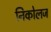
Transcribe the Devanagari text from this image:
निकोलज